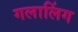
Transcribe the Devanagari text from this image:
गलालिंग